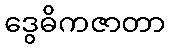
ဒွေဓိကဇာတာ